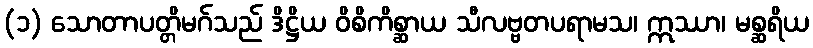
(၁) သောတာပတ္တိမဂ်သည် ဒိဋ္ဌိယ ဝိစိကိစ္ဆာယ သီလဗ္ဗတပရာမသ၊ ဣဿာ၊ မစ္ဆရိယ